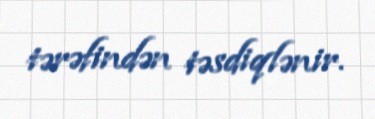
tərəfindən təsdiqlənir.